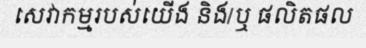
សេវាកម្មរបស់យើង និង/ឬ ផលិតផល